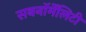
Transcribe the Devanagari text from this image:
सबनॉर्मेलिटी